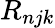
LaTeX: R_{njk}